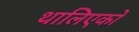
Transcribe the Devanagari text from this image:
थालिएको